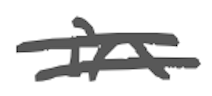
Text: in
Cross-out: double-line
Writing tool: digital_gray